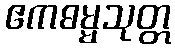
ဧကဓမ္မသုတ္တ